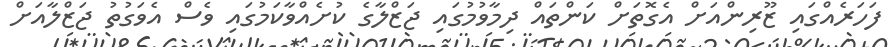
ފަހަރެއްގައި ޒޫރިންއަށް އެގޮތަށް ކަންތައް ދިމާވުމުގައި ޖަޒްލާގެ ކުށެއްވާކަމުގައި ވެސް އެވަގުތު ޖަޒްލާއަށް